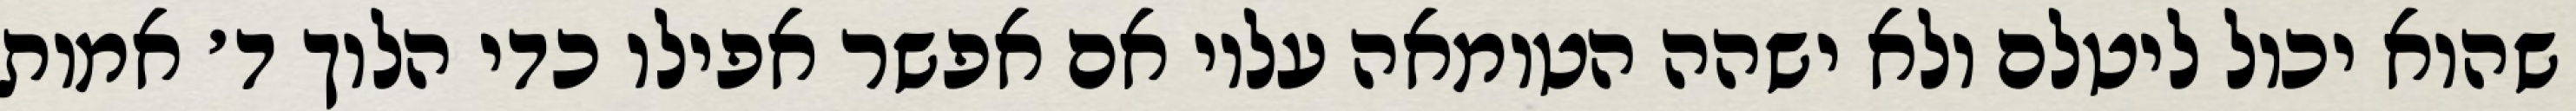
שהוא יכול ליטלם ולא ישהה הטומאה עליו אם אפשר אפילו כדי הלוך ד׳ אמות